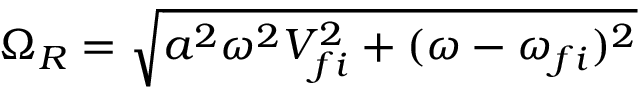
\Omega _ { R } = \sqrt { a ^ { 2 } \omega ^ { 2 } V _ { f i } ^ { 2 } + ( \omega - \omega _ { f i } ) ^ { 2 } }